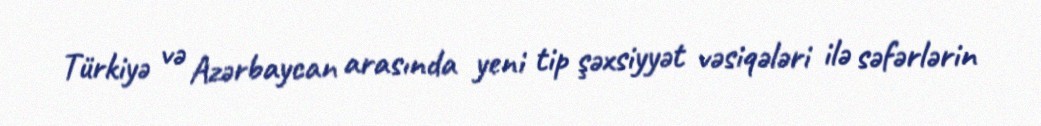
Türkiyə və Azərbaycan arasında yeni tip şəxsiyyət vəsiqələri ilə səfərlərin